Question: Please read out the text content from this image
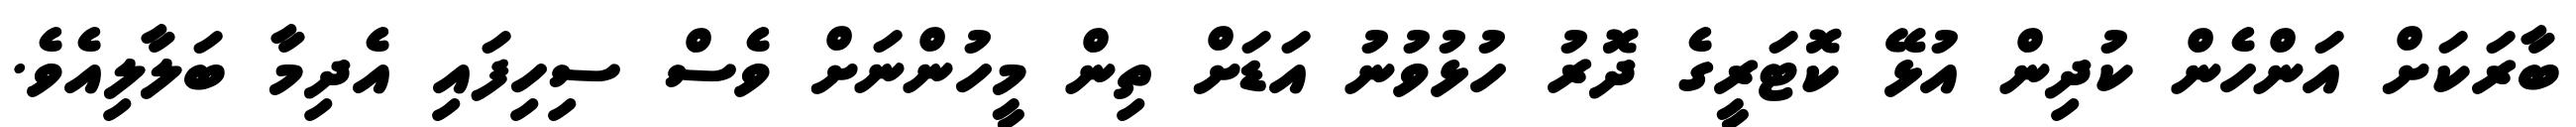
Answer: ބާރަކަށް އަންހެން ކުދިން އުޅޭ ކޮޓަރީގެ ދޮރު ހުޅުވުނު އަޑަށް ތިން މީހުންނަށް ވެސް ސިހިފައި އެދިމާ ބަލާލިއެވެ.